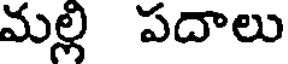
మల్లి పదాలు